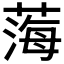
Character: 𦷫